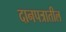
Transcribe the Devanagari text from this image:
दानपत्रातील